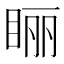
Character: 𰥢